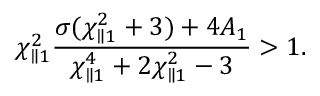
\chi _ { \parallel 1 } ^ { 2 } \frac { \sigma ( \chi _ { \parallel 1 } ^ { 2 } + 3 ) + 4 A _ { 1 } } { \chi _ { \parallel 1 } ^ { 4 } + 2 \chi _ { \parallel 1 } ^ { 2 } - 3 } > 1 .